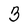
Character: 3